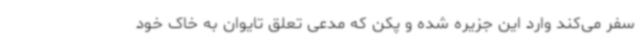
سفر می‌کند وارد این جزیره شده و پکن که مدعی تعلق تایوان به خاک خود